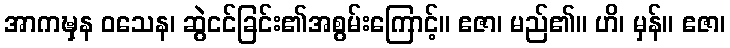
အာကဍ္ဎှန ဝသေန၊ ဆွဲငင်ခြင်း၏အစွမ်းကြောင့်။ ဧဇာ၊ မည်၏။ ဟိ၊ မှန်။ ဧဇာ၊